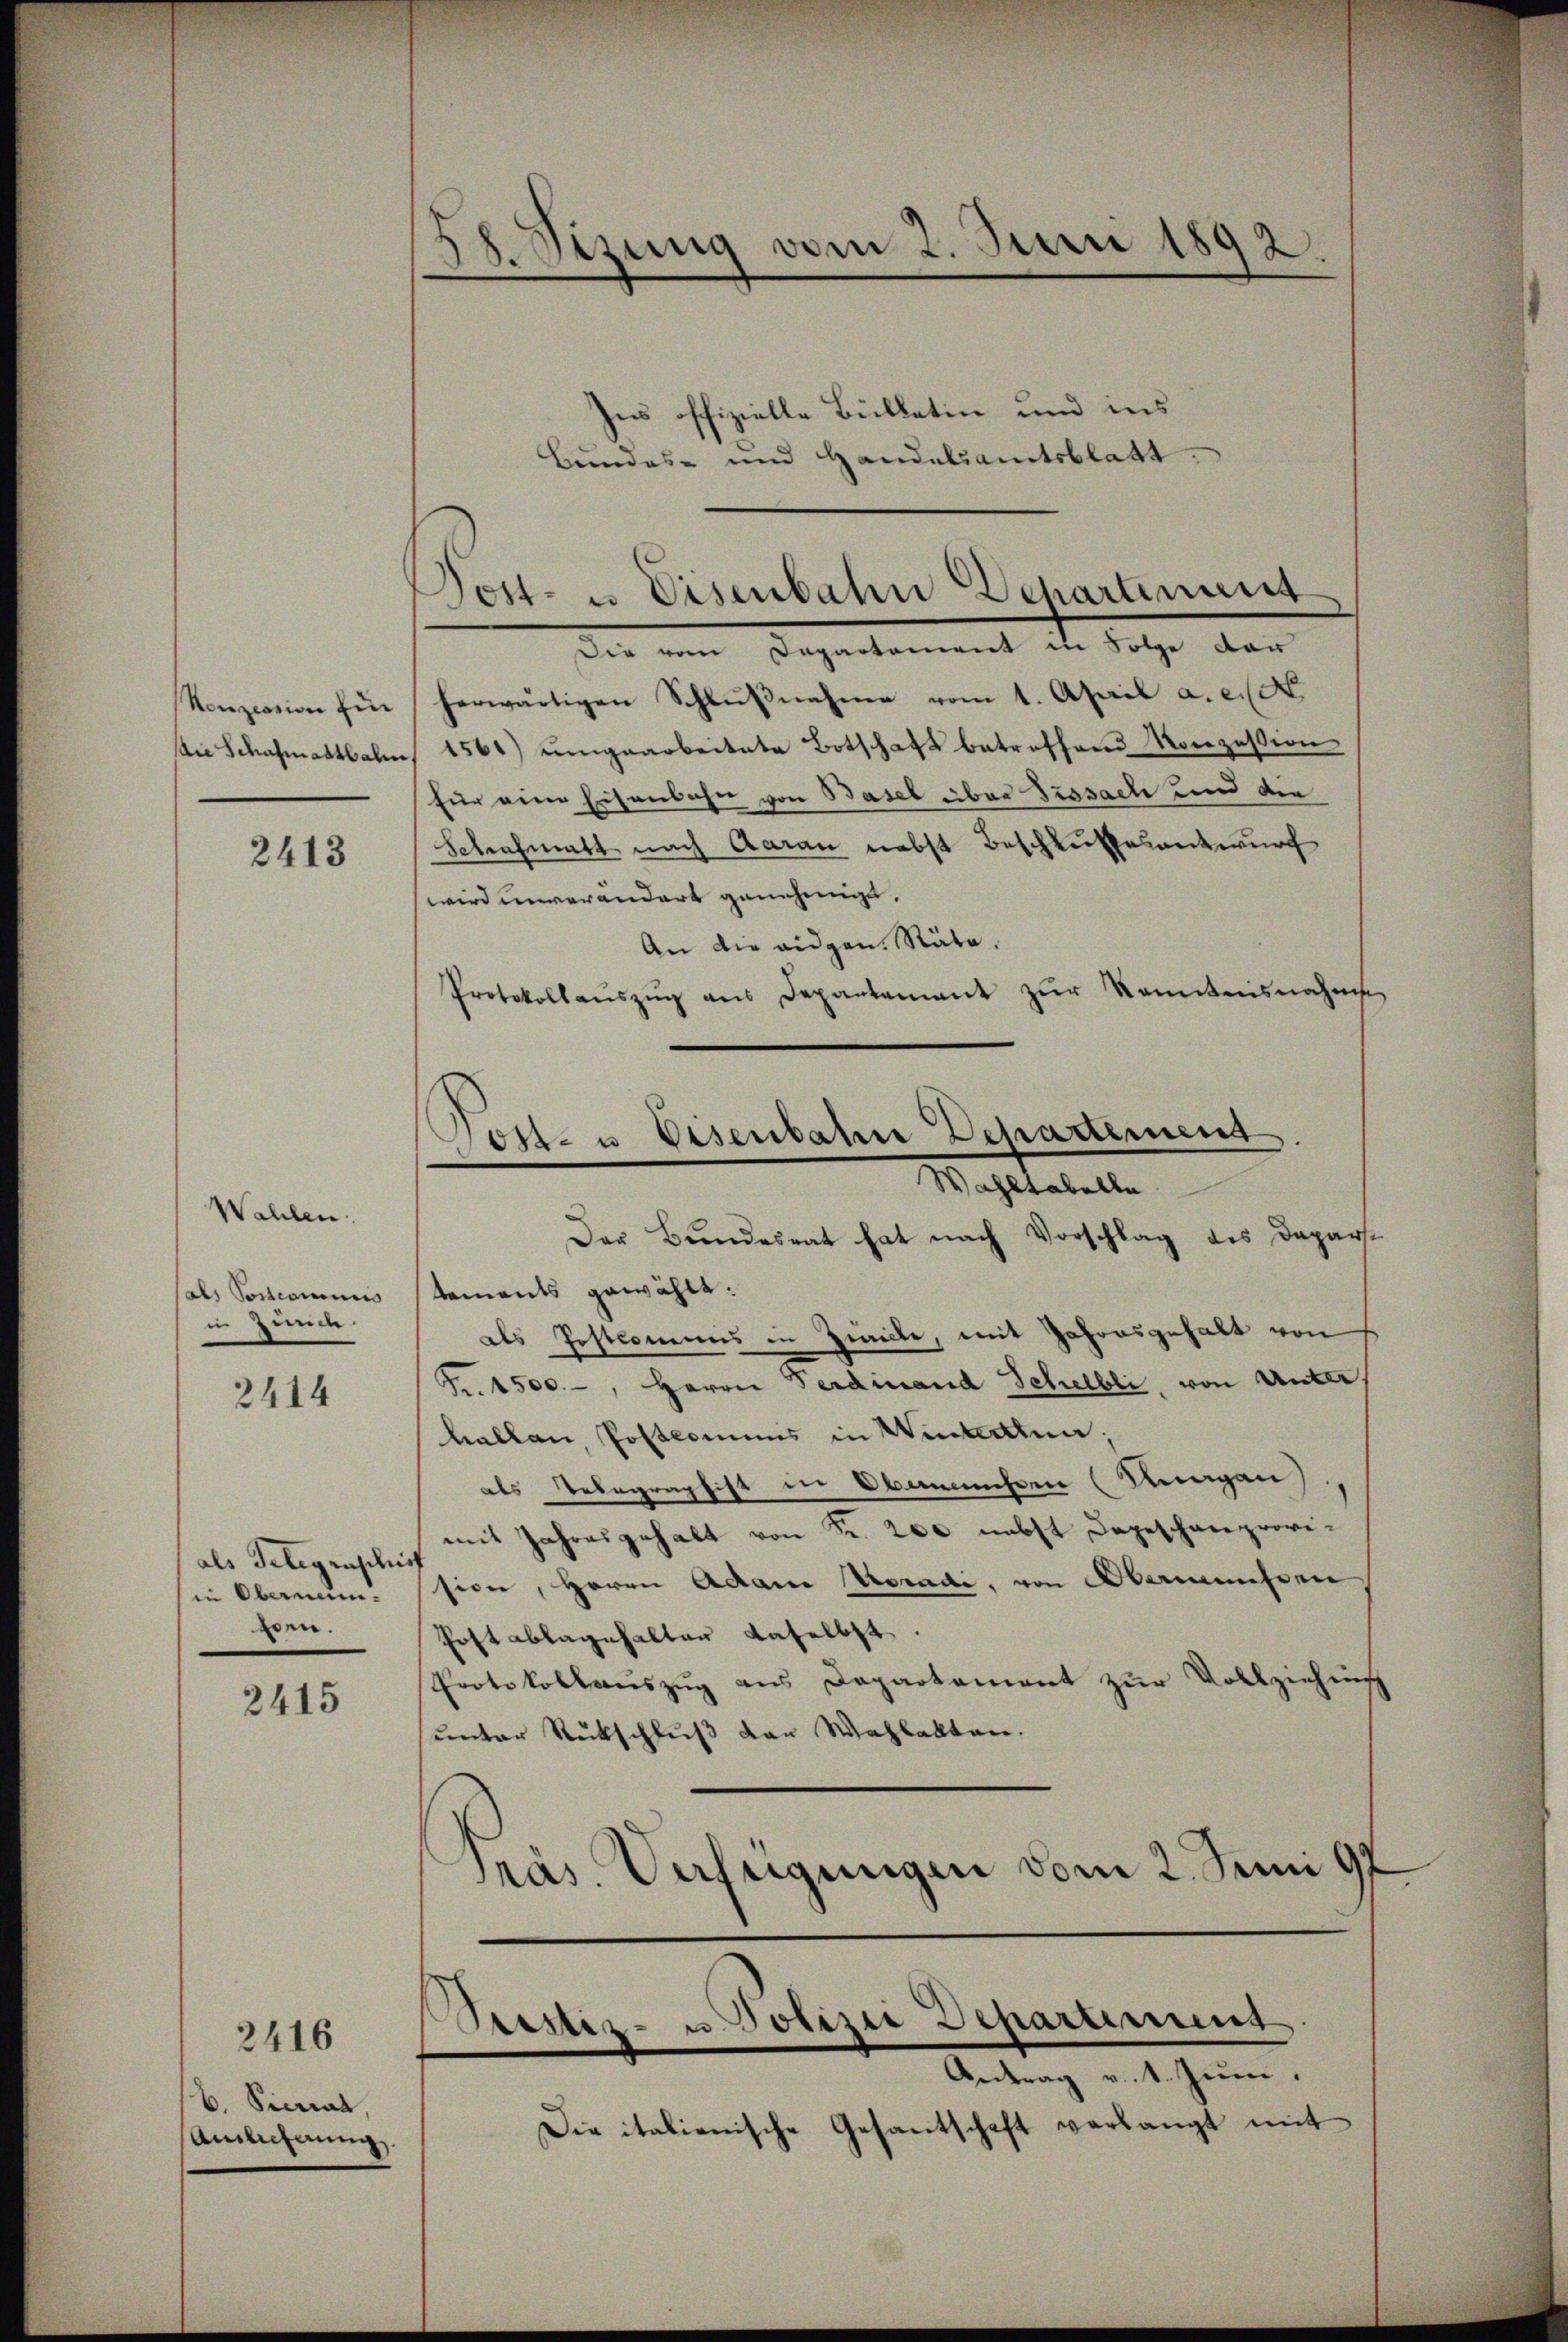
Konzession für

2413

Wahlen.
als Postcommis
in Zünde.

2414

als Telegenschief
in Oberneun-
wen.

2415

b. Pierrat,
samlicherung.

2416

Ins offizielle Bulletin und ins
Die vom Departement in Folge der
herwärtigen Schlŭβnahme vom 1. April a. c. d
die Schafmastbahn 1561) ŭmgearbeitete Botschaft betreffend Konzession
für eine Eisenbahn von Basel aber Tissach und die
Schrafmatt nach Aaran nebst Beschlußes antwurf
wird unverändert genehmige.
An die eidgen. Räte.
Protokollaŭszŭg ans Departement zŭr Kenntnisnahms
Wahltabelle
Der Bundesrat hat nach Vorschlag des Dapartements gewählt:
als Postkommens in Zwecke, mit Jahresgehalt von
Fr. 1500.-, Herrn Ferdinand Schelbli, von Unter,
hallen Postcommis in Winterttua;
als Telegraphist in Obanmassen (Kungen
mit Jahresgehalt von Fr. 200 nebst Depeschanprovision, Herrn Adame Voradi, von Oberminsten
Poft ablagehalter daselbst.
Protokollaŭszŭg ans Departement zŭr Vollziehung
unter Rückschluß der Wahlalten.
Präs. Verfügungen vom 2. Juni 97
Antrag v. 1. Juni.
Die italienische Gesantschaft verlangt mit

d
28. Sizung vom 2. Juni 1892.

Post- u. Eisenbahn Departement

s
Post- u. Eisenbahn Dehartement

Seestiz- u. Polizei Departement